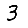
Digit: 3